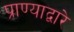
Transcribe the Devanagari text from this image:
प्राण्याद्वारे